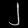
Digit: ၂